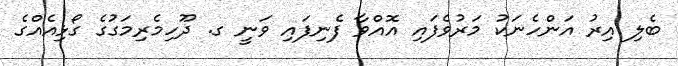
ބެލި އިރު އަންހެނަކު މަރުވެފައި އޮއްވާ ފެނިފައި ވަނީ ގ. ދޫހިމެރިމަގުގެ ގޯޅިއެއްގެ